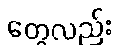
တွေလည်း